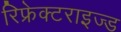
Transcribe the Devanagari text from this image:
रिफ्रेक्टराइज्ड